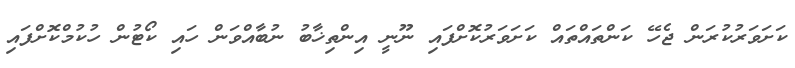
ކަށަވަރުކުރަން ޖެހޭ ކަންތައްތައް ކަށަވަރުކޮށްފައި ނޫނީ އިންތިޚާބު ނުބާއްވަން ހައި ކޯޓުން ހުކުމްކޮށްފައި